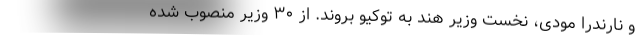
و نارندرا مودی، نخست وزیر هند به توکیو بروند. از ۳۰ وزیر منصوب شده